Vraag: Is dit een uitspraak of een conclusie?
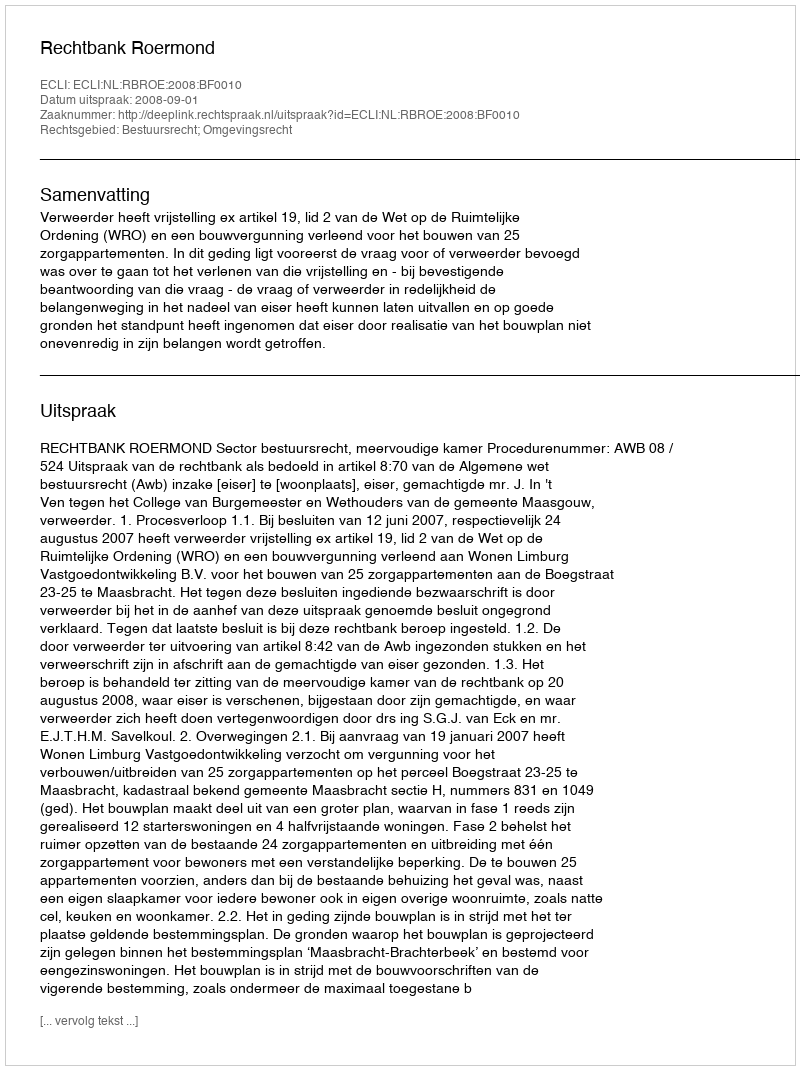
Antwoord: Uitspraak